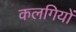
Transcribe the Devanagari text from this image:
कलगियों